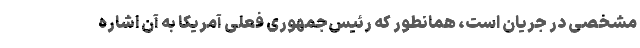
مشخصی در جریان است، همانطور که رئیس‌جمهوری فعلی آمریکا به آن اشاره